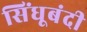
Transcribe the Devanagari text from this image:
सिंधूबंदी